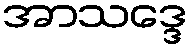
အာသဒ္ဒေ